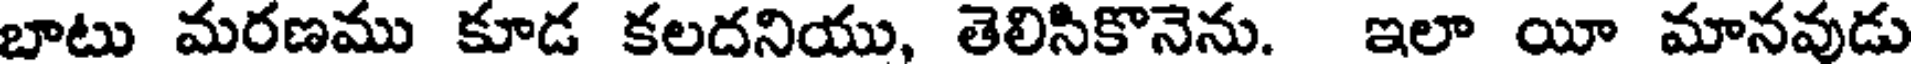
బాటు మరణము కూడ కలదనియు, తెలిసికొనెను. ఇలా యీ మానవుడు